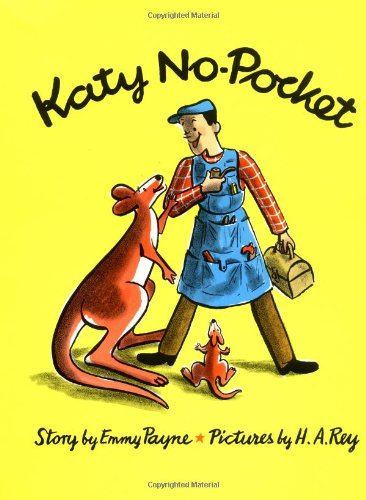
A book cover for Katy No-Pocket (Sandpiper); Emmy Payne; Children's Books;